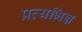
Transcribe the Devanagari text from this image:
प्रत्यभिज्ञ